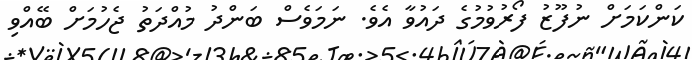
ކަންކަމަށް ނުފޫޒު ފޯރުވުމުގެ ދައުވާ އެވެ. ނަމަވެސް ބަންދު މުއްދަތު ޖެހުމަށް ބޭއްވި